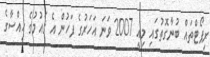
ރިޕޯޓްތައް ބުނާގޮތުގައި މިއީ 2007 ވަނަ އަހަރުގެ ފަހުން އެ ޤައުމުގެ ހިއްސާގެ